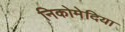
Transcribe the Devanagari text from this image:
निकोमेदिया